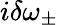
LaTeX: i\delta\omega_{\pm}